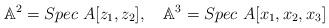
LaTeX: \begin{align*}{\mathbb A}^2=Spec\ A[z_1,z_2],\ \ \ {\mathbb A}^3=Spec\ A[x_1,x_2,x_3]\end{align*}